Report on the nature of kala-azar
Disease focus: Kala-Azar
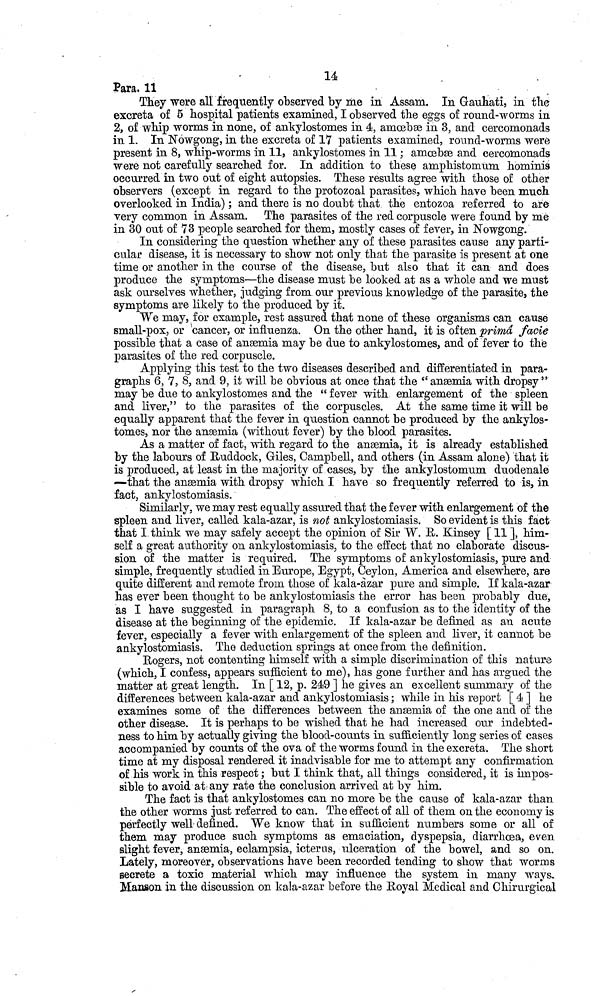
14
Para, 11
They were all frequently observed by me in Assam. In Gauhati, in the
excreta of 5 hospital patients examined, I observed the eggs of round-worms in
2, of whip worms in none, of ankylostomes in 4, amoebae in 3, and cercomonads
in 1. In Nowgong, in the excreta of 17 patients examined, round-worms were
present in 8, whip-worms in 11, ankylostomes in 11 ; amœbae and cercomonads
were not carefully searched for. In addition to these aniphistornum hominis
occurred in two out of eight autopsies. These results agree with those of other
observers (except in regard to the protozoal parasites, which have been much
overlooked in India) ; and there is no doubt that the entozoa referred to are
very common in Assam. The parasites of the red corpuscle were found by me
in 30 out of 73 people searched for them, mostly cases of fever, in Nowgong.
In considering the question whether any of these parasites cause any parti-
cular disease, it is necessary to show not only that the parasite is present at one
time or another in the course of the disease, but also that it can and does
produce the symptoms—the disease must be looked at as a whole and we must
ask ourselves whether, judging from our previous knowledge of the parasite, the
symptoms are likely to the produced by it.
We may, for example, rest assured that none of these organisms can cause
small-pox, or cancer, or influenza. On the other hand, it is often prima facie
possible that a case of anæmia may be due to ankylostomes, and of fever to the
parasites of the red corpuscle.
Applying this test to the two diseases described and differentiated in para-
graphs 6, 7, 8, and 9, it will be obvious at once that the "anæmia with dropsy"
may be due to ankylostomes and the "fever with enlargement of the spleen
and liver," to the parasites of the corpuscles. At the same time it will be
equally apparent that the fever in question cannot be produced by the ankylos-
tomes, nor the anæmia (without fever) by the blood parasites.
As a matter of fact, with regard to the anæmia, it is already established
by the labours of Ruddock, Giles, Campbell, and others (in Assam alone) that it
is produced, at least in the majority of cases, by the ankylostomum duodenale
—that the anæmia with dropsy which I have so frequently referred to is, in
fact, ankylostomiasis.
Similarly, we may rest equally assured that the fever with enlargement of the
spleen and liver, called kala-azar, is not ankylostomiasis. So evident is this fact
that I think we may safely accept the opinion of Sir W. R. Kinsey [ 11 ], him-
self a great authority on ankylostomiasis, to the effect that no elaborate discus-
sion of the matter is required. The symptoms of ankylostomiasis, pure and
simple, frequently studied in Europe, Egypt, Ceylon, America and elsewhere, are
quite different and remote from those of kala-àzar pure and simple. If kala-azar
has ever been thought to be ankylostomiasis the error has been probably due,
as I have suggested in paragraph 8, to a confusion as to the identity of the
disease at the beginning of the epidemic. If kala-azar be defined as an acute
fever, especially a fever with enlargement of the spleen and liver, it cannot be
ankylostomiasis. The deduction springs at once from the definition.
Rogers, not contenting himself with a simple discrimination of this nature
(which, I confess, appears sufficient to me), has gone further and has argued the
matter at great length. In [ 12, p. 249 ] he gives an excellent summary of the
differences between kala-azar and ankylostomiasis ; while in his report [ 4 ] he
examines some of the differences between the anæmia of the one and of the
other disease. It is perhaps to be wished that he had increased our indebted-
ness to him by actually giving the blood-counts in sufiiciently long series of cases
accompanied by counts of the ova of the worms found in the excreta. The short
time at my disposal rendered it inadvisable for me to attempt any confirmation
of his work in this respect ; but I think that, all things considered, it is impos-
sible to avoid at' any rate the conclusion arrived at by him.
The fact is that ankylostomes can no more be the cause of kala-azar than
the other worms just referred to can. The effect of all of them on the economy is
perfectly well defined. We know that in sufficient numbers some or all of
them may produce such symptoms as emaciation, dyspepsia, diarrhoea, even
slight fever, anæmia, eclampsia, icterus, ulcération of the bowel, and so on.
Lately, moreover, observations have been recorded tending to show that worms
secrete a toxic material which may influence the system in many ways
Manson in the discussion on kala-azar before the Royal Medical and Chirurgical